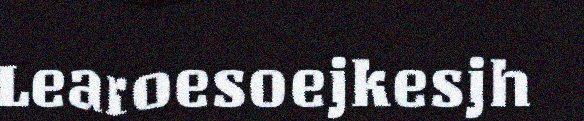
Learoesoejkesjh